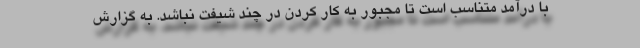
با درآمد متناسب است تا مجبور به کار کردن در چند شیفت نباشد. به گزارش